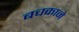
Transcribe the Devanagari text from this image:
बचकाने